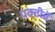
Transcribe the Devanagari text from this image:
पंक्तीचें